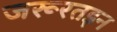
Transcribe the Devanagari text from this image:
जरूरतइन